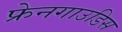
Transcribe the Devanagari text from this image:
फ्रेनगाउडिस